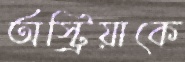
অস্ট্রিয়াকে